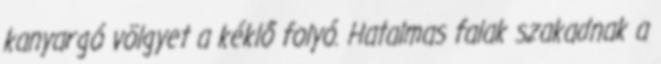
kanyargó völgyet a kéklő folyó. Hatalmas falak szakadnak a